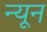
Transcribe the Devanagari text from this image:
न्‍यून